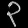
Digit: ၃